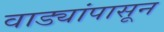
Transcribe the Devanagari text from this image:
वाड्यांपासून